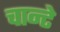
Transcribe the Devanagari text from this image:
चान्टे